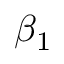
\beta _ { 1 }